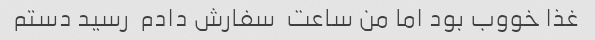
غذا خووب بود اما من ساعت  سفارش دادم  رسید دستم